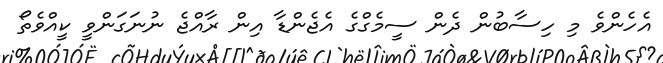
އެހެންވެ މި ހިސާބުން ދެން ސީމެގްގެ އެޖެންޑާ އިން ރާއްޖެ ނުނަގަންވީ ކީއްވެތޯ